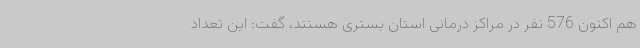
هم اکنون 576 نفر در مراکز درمانی استان بستری هستند، گفت: این تعداد